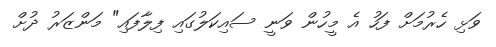
ވަޅި ހެރުމަށް ފަހު އެ މީހުން ވަނީ ސައިކަލުގައި ފިލާފައި" މަންޒަރު ދުށް